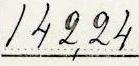
142,24